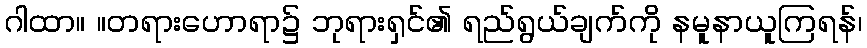
ဂါထာ။ ။တရားဟောရာ၌ ဘုရားရှင်၏ ရည်ရွယ်ချက်ကို နမူနာယူကြရန်၊